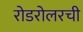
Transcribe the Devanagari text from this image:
रोडरोलरची